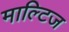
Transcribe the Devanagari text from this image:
माल्टिज